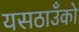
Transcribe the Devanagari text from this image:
यसठाउँको